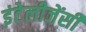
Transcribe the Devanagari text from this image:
इंटेलीजेंसी